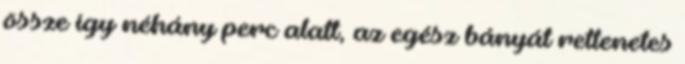
össze így néhány perc alatt, az egész bányát rettenetes